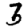
Digit: 3